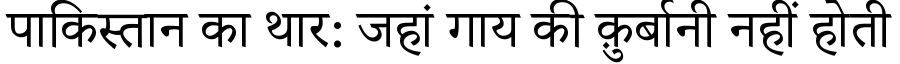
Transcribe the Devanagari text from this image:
पाकिस्तान का थार: जहां गाय की क़ुर्बानी नहीं होती